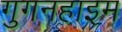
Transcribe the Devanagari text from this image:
गुगनहाइम